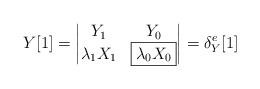
LaTeX: \begin{align*} Y [1]=\begin{vmatrix} Y_{1} & Y_{0}\\\lambda_{1} X_{1} & {\boxed{\lambda_{0} X_{0}}}\end{vmatrix}=\delta_{Y}^{e}[1]\end{align*}